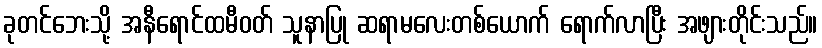
ခုတင်ဘေးသို့ အနီရောင်ထမီဝတ် သူနာပြု ဆရာမလေးတစ်ယောက် ရောက်လာပြီး အဖျားတိုင်းသည်။